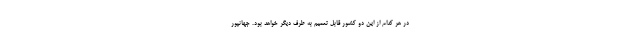
در هر کدام از این دو کشور قابل تعمیم به طرف دیگر خواهد بود. جهانپور